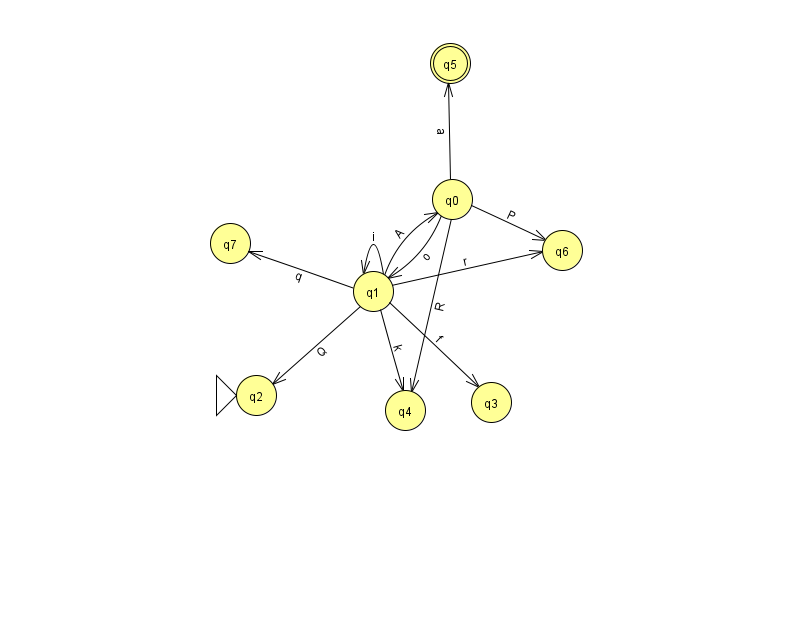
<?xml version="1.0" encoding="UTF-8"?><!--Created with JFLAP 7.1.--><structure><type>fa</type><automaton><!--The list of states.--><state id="0" name="q0"><x>452.0</x><y>186.0</y></state><state id="1" name="q1"><x>373.0</x><y>278.0</y></state><state id="2" name="q2"><x>256.0</x><y>382.0</y><initial/></state><state id="3" name="q3"><x>491.0</x><y>389.0</y></state><state id="4" name="q4"><x>405.0</x><y>397.0</y></state><state id="5" name="q5"><x>450.0</x><y>50.0</y><final/></state><state id="6" name="q6"><x>562.0</x><y>237.0</y></state><state id="7" name="q7"><x>230.0</x><y>230.0</y></state><!--The list of transitions.--><transition><from>0</from><to>1</to><read>o</read></transition><transition><from>0</from><to>6</to><read>P</read></transition><transition><from>1</from><to>7</to><read>q</read></transition><transition><from>1</from><to>0</to><read>A</read></transition><transition><from>1</from><to>1</to><read>i</read></transition><transition><from>0</from><to>4</to><read>R</read></transition><transition><from>0</from><to>5</to><read>a</read></transition><transition><from>1</from><to>2</to><read>Q</read></transition><transition><from>1</from><to>4</to><read>k</read></transition><transition><from>1</from><to>6</to><read>r</read></transition><transition><from>1</from><to>3</to><read>f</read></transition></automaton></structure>